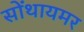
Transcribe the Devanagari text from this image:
सोंथायमर